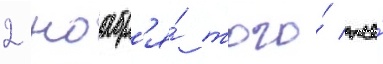
2 ноабр'я́ того́ же́